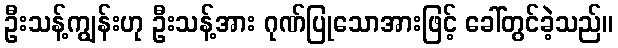
ဦးသန့်ကျွန်းဟု ဦးသန့်အား ဂုဏ်ပြုသောအားဖြင့် ခေါ်တွင်ခဲ့သည်။